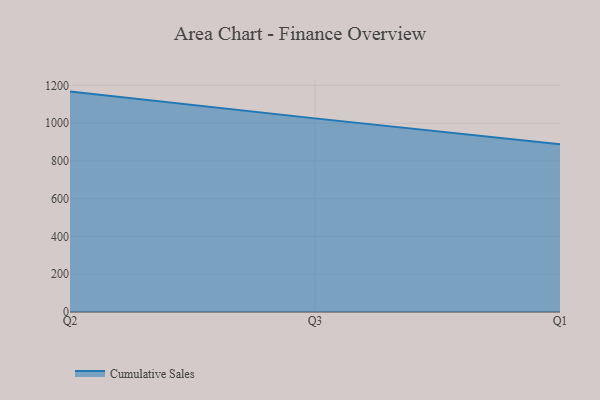
{"axis": {"x": "Quarter", "y": "Revenue (USD Million)"}, "legend": ["Cumulative Sales"], "data": [{"x": "Q2", "y": 1167.2, "type": "Cumulative Sales"}, {"x": "Q3", "y": 1025.4, "type": "Cumulative Sales"}, {"x": "Q1", "y": 888.4, "type": "Cumulative Sales"}]}